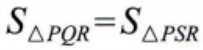
$S_{\triangle PQR}=S_{\triangle PSR}$